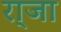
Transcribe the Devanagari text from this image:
रा्जा